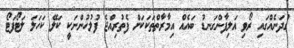
ގުދަނެއްގައި ރޯވި އަލިފާންގަނޑު ބައެއް އިމާރާތްތަކަކަށް ފެތުރިއްޖެ ފުލުހުންނަކީ ކަލޭ ކަހަލަ ލަޓޯފަޓޯ